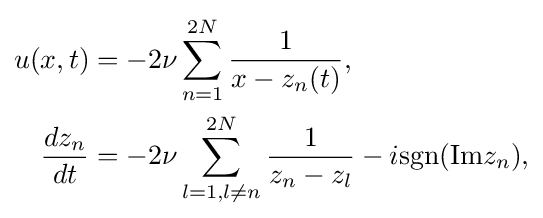
{\begin{aligned}u(x,t)&=-2\nu \sum _{n=1}^{2N}{\frac {1}{x-z_{n}(t)}},\\{\frac {dz_{n}}{dt}}&=-2\nu \sum _{l=1,l\neq n}^{2N}{\frac {1}{z_{n}-z_{l}}}-i\mathrm {sgn} (\mathrm {Im} z_{n}),\end{aligned}}